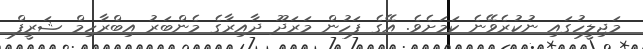
މަޖިލީހުގައި ނުކުރެވޭނެ ކަމަށެވެ. އޭގެ ފަހުން މަރަދޫ ދާއިރާގެ މެންބަރު އިބްރާހިމް ޝަރީފް